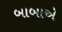
બાબાએ